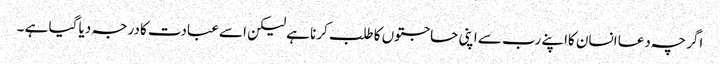
اگر چہ دعا انسان کااپنے رب سے اپنی حاجتوں کا طلب کرنا ہے لیکن اسے عبادت کا درجہ دیا گیا ہے ۔